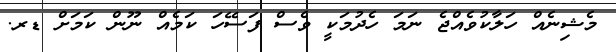
މެޝިނެއް ހަލާކުވެއްޖެ ނަމަ ހެދުމަކީ ވެސް ފަސޭހަ ކަމެއް ނޫން ކަމަށް ޑރ.